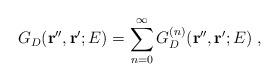
LaTeX: \begin{align*}G_{D} ({\bf r''},{\bf r'} ; E) =\sum_{n=0}^{\infty}G_{D}^{(n)} ({\bf r''},{\bf r'} ; E) \; ,\end{align*}